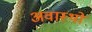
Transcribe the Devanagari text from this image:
अवास्थों